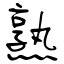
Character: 熟